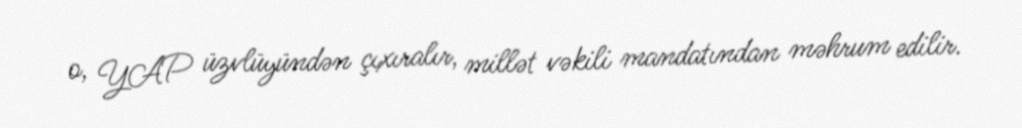
o, YAP üzvlüyündən çıxıralır, millət vəkili mandatından məhrum edilir.